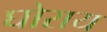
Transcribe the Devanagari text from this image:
घोराय